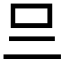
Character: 𠮡